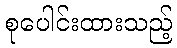
စုပေါင်းထားသည့်